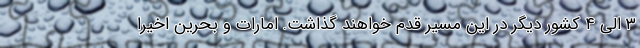
۳ الی ۴ کشور دیگر در این مسیر قدم خواهند گذاشت. امارات و بحرین اخیرا